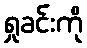
ရှုခင်းကို